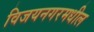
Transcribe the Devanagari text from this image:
विजयनगरमधील